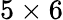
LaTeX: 5\times 6